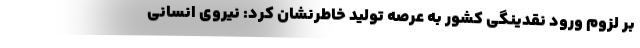
بر لزوم ورود نقدینگی کشور به عرصه تولید خاطرنشان کرد: نیروی انسانی